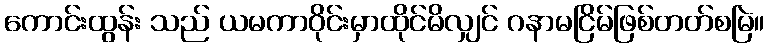
ကောင်းထွန်း သည် ယမကာဝိုင်းမှာထိုင်မိလျှင် ဂနာမငြိမ်ဖြစ်တတ်စမြဲ။